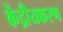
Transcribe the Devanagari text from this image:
केंद्रीयकरण